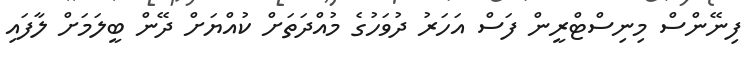
ފިނޭންސް މިނިސްޓްރީން ފަސް އަހަރު ދުވަހުގެ މުއްދަތަށް ކުއްޔަށް ދޭން ބީލަމަށް ލާފައި